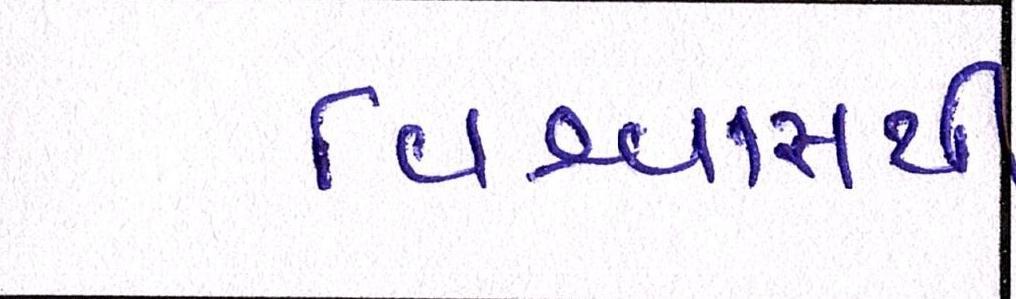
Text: વિશ્વાસથી